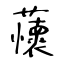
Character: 蘹